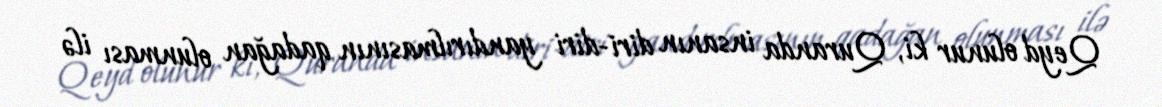
Qeyd olunur ki, Quranda insanın diri-diri yandırılmasının qadağan olunması ilə